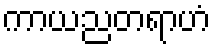
ကာယညတရာဟံ